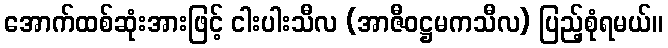
အောက်ထစ်ဆုံးအားဖြင့် ငါးပါးသီလ (အာဇီဝဋ္ဌမကသီလ) ပြည့်စုံရမယ်။